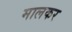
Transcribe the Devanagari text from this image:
मालकर